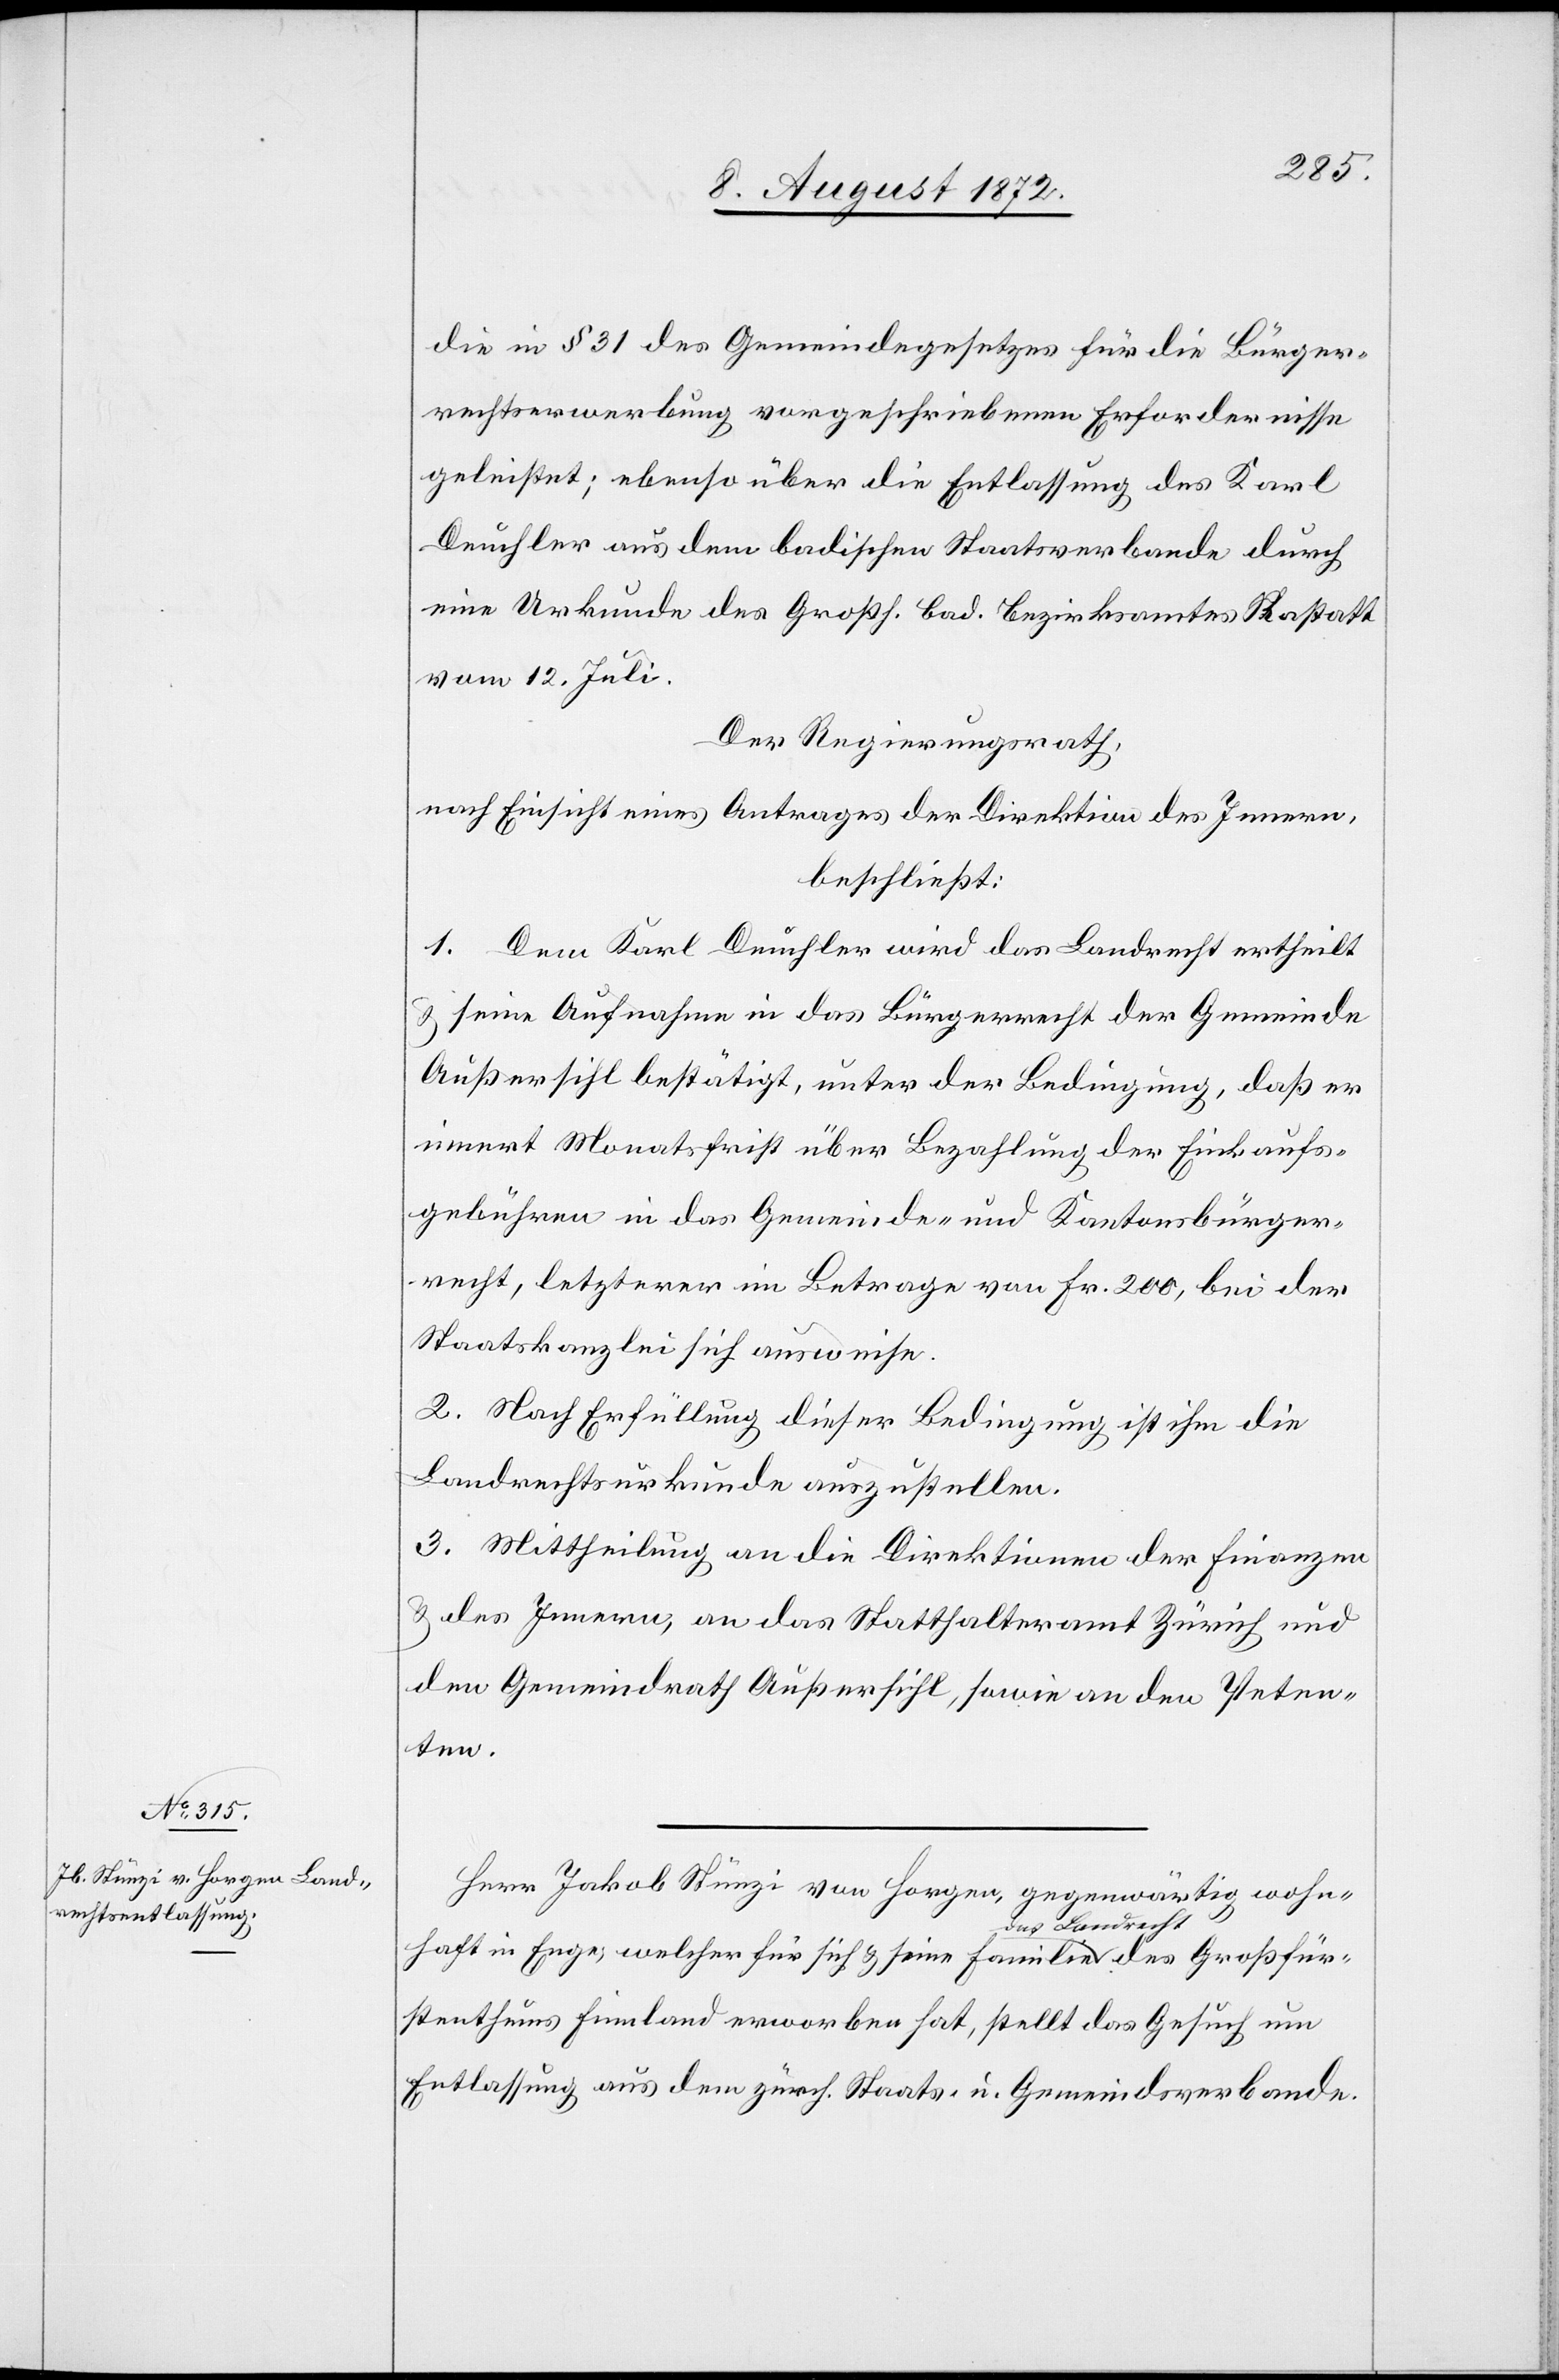
die in § 31 des Gemeindegesetzes für die Bürger¬
rechtserwerbung vorgeschriebenen Erfordernisse
geleistet; ebenso über die Entlassung des Karl
Deuchler aus dem badischen Staatsverbande durch
eine Urkunde des Großh. Bad. Bezirksamtes Rastatt
vom 12. Juli.
Der Regierungsrath,
nach Einsicht eines Antrages der Direktion des Innern,
beschließt:
1. Dem Karl Deuchler wird das Landrecht ertheilt
seine Aufnahme in das Bürgerrecht der Gemeinde
Außersihl bestätigt, unter der Bedingung, daß er
innert Monatsfrist über Bezahlung der Einkaufs¬
gebühren in das Gemeinde- und Kantonsbürger¬
recht, letzterer im Betrage von Fr. 200, bei der
Staatskanzlei sich ausweise.
2. Nach Erfüllung dieser Bedingung ist ihm die
Landrechtsurkunde auszustellen.
3. Mittheilung an die Direktionen der Finanzen
u. des Innern, an das Statthalteramt Zürich und
den Gemeindrath Außersihl, sowie an den Peten¬
ten.
Herr Jakob Stünzi von Horgen, gegenwärtig wohn¬
haft in Enge, welcher für sich u. seine Familie das Landrecht des Großfür¬
stenthums Finnland erworben hat, stellt das Gesuch um
Entlassung aus dem zürch. Staats- u. Gemeindsverbande.